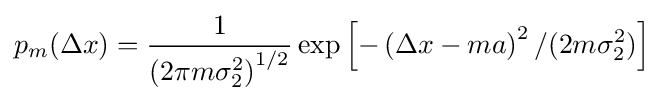
p_{m}(\Delta x)={\frac {1}{\left(2\pi m\sigma _{2}^{2}\right)^{1/2}}}\exp \left[-\left(\Delta x-ma\right)^{2}/(2m\sigma _{2}^{2})\right]